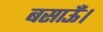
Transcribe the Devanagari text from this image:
बसाऊँ।